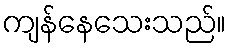
ကျန်နေသေးသည်။